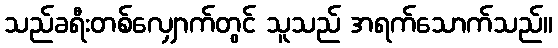
သည်ခရီးတစ်လျှောက်တွင် သူသည် အရက်သောက်သည်။